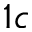
1 c